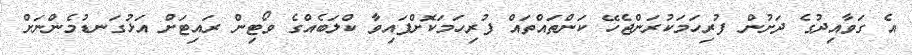
އެ ގަވާއިދުގެ ދަށުން ފުރިހަމަކުރަންޖެހޭ ކަންތައްތައް ފުރިހަމަކޮށްފައިވާ ކްލަބެއްގެ ވޯޓިން ރައިޓަށް އަޅުގަނޑުމެންނަށް